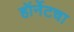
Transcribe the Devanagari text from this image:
हॉर्नेटचा